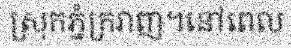
ស្រុកភ្នំក្រវាញ។នៅពេល